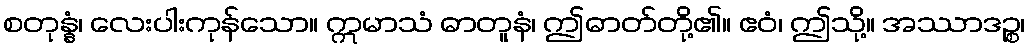
စတုန္နံ၊ လေးပါးကုန်သော။ ဣမာသံ ဓာတူနံ၊ ဤဓာတ်တို့၏။ ဧဝံ၊ ဤသို့။ အဿာဒဉ္စ၊